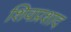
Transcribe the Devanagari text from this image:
शिवप्रशाद